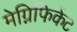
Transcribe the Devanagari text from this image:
मेग्निफिकेंट